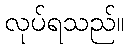
လုပ်ရသည်။